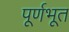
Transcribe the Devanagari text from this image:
पूर्णभूत